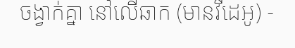
ចង្វាក់គ្នា នៅលើឆាក (មានវីដេអូ) -